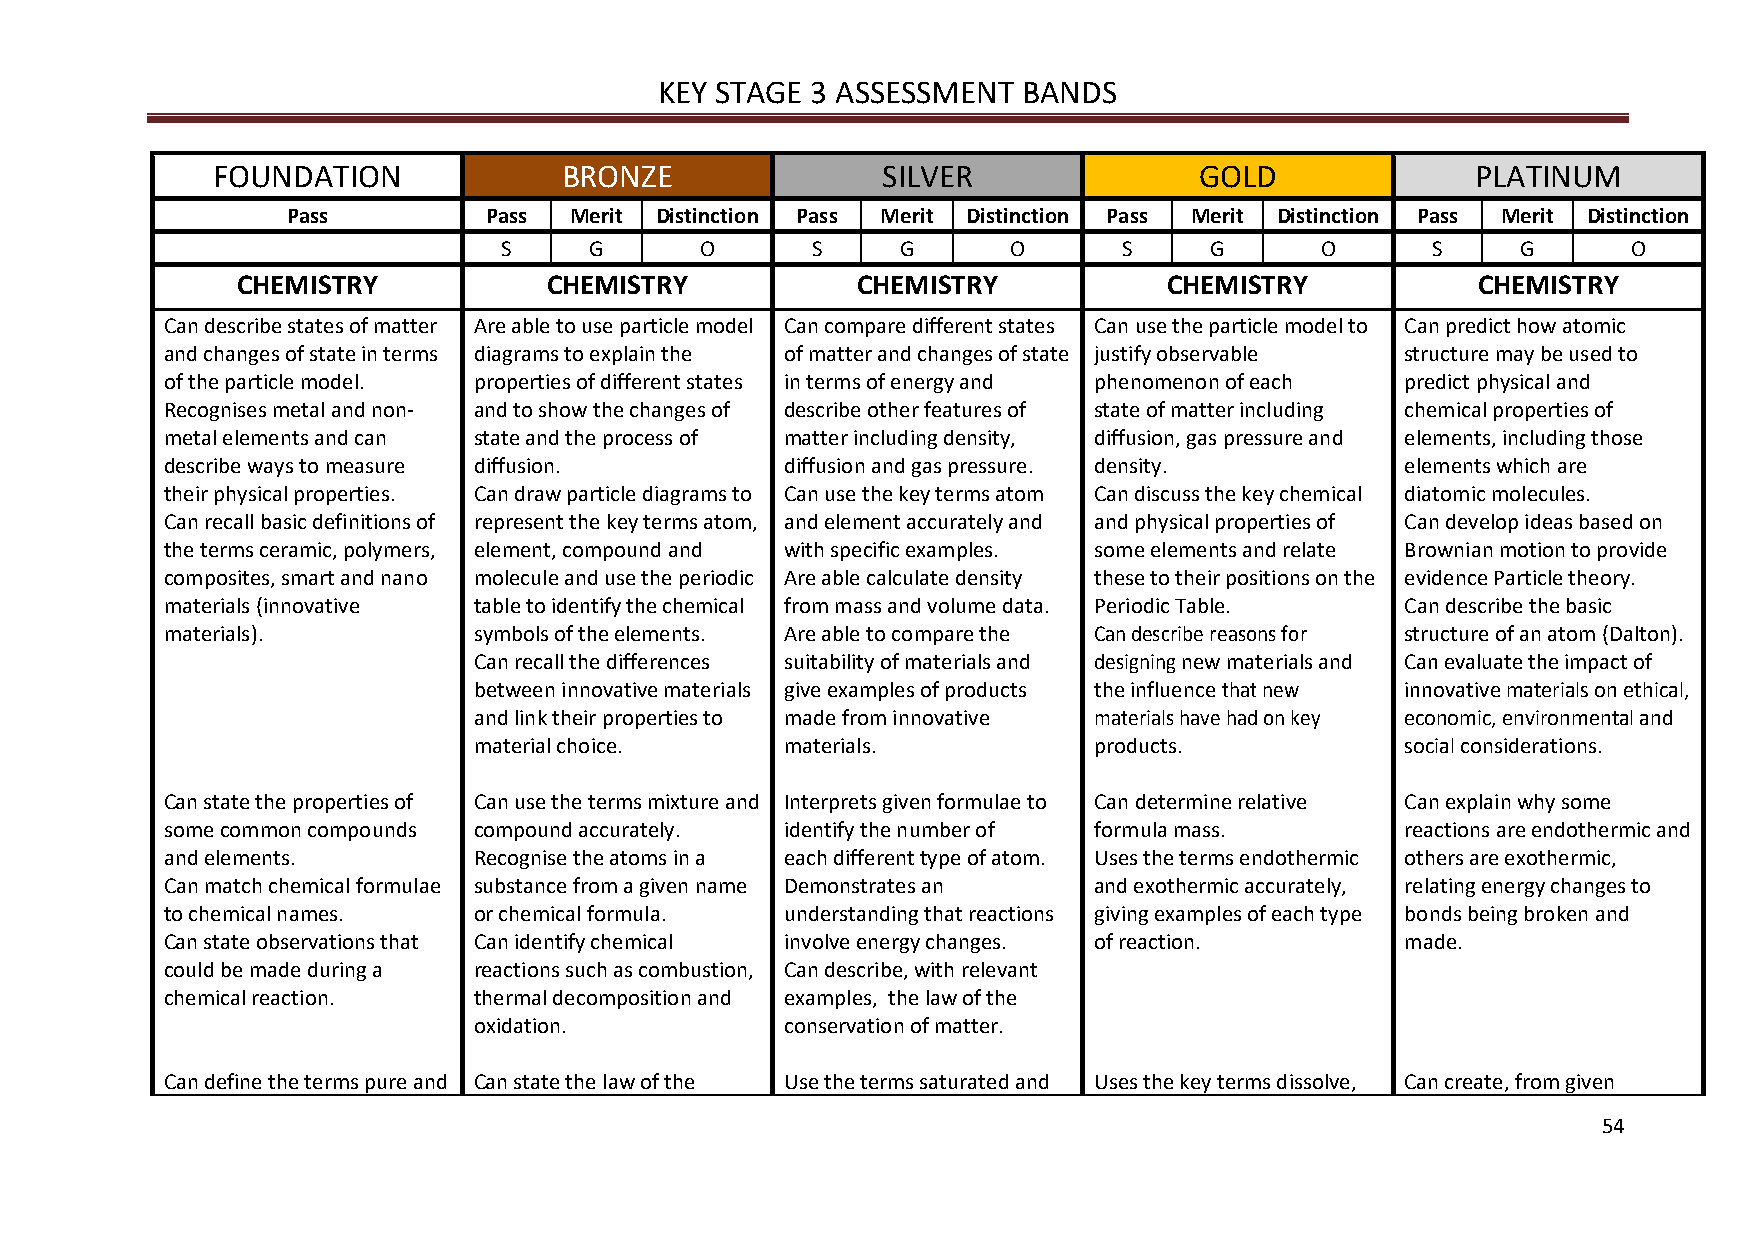
KEY STAGE 3 ASSESSMENT  BANDS
 FOUNDATION             BRONZE               SILVER               GOLD               PLATINUM
 Pass         Pass  Merit Distinction Pass Merit Distinction Pass Merit Distinction Pass Merit Distinction
 S     G      O       S     G      O      S     G      O       S     G      O
 CHEMISTRY           CHEMISTRY            CHEMISTRY           CHEMISTRY            CHEMISTRY
 Can describe states of matter Are able to use particle model Can compare different states Can use the particle model to Can predict how atomic
 and changes of state in terms diagrams to explain the of matter and changes of state justify observable structure may be used to
 of the particle model. properties of different states in terms of energy and phenomenon of each predict physical and
 Recognises metal and non- and to show the changes of describe other features of state of matter including chemical properties of
 metal elements and can state and the process of matter including density, diffusion, gas pressure and elements, including those
 describe ways to measure diffusion.      diffusion and gas pressure. density.     elements which are
 their physical properties. Can draw particle diagrams to Can use the key terms atom Can discuss the key chemical diatomic molecules.
 Can recall basic definitions of represent the key terms atom, and element accurately and and physical properties of Can develop ideas based on
 the terms ceramic, polymers, element, compound and with specific examples. some elements and relate Brownian motion to provide
 composites, smart and nano molecule and use the periodic Are able calculate density these to their positions on the evidence Particle theory.
 materials (innovative table to identify the chemical from mass and volume data. Periodic Table. Can describe the basic
 materials).         symbols of the elements. Are able to compare the Can describe reasons for structure of an atom (Dalton).
 Can recall the differences suitability of materials and designing new materials and Can evaluate the impact of
 between innovative materials give examples of products the influence that new innovative materials on ethical,
 and link their properties to made from innovative materials have had on key economic, environmental and
 material choice.     materials.          products.            social considerations.
 Can state the properties of Can use the terms mixture and Interprets given formulae to Can determine relative Can explain why some
 some common compounds compound accurately. identify the number of formula mass.   reactions are endothermic and
 and elements.       Recognise the atoms in a each different type of atom. Uses the terms endothermic others are exothermic,
 Can match chemical formulae substance from a given name Demonstrates an and exothermic accurately, relating energy changes to
 to chemical names.  or chemical formula. understanding that reactions giving examples of each type bonds being broken and
 Can state observations that Can identify chemical involve energy changes. of reaction. made.
 could be made during a reactions such as combustion, Can describe, with relevant
 chemical reaction.  thermal decomposition and examples, the law of the
 oxidation.           conservation of matter.
 Can define the terms pure and Can state the law of the Use the terms saturated and Uses the key terms dissolve, Can create, from given
 54